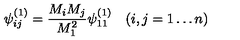
\psi _ { i j } ^ { ( 1 ) } = \frac { M _ { i } M _ { j } } { M _ { 1 } ^ { 2 } } \psi _ { 1 1 } ^ { ( 1 ) } \quad ( i , j = 1 \dots n )